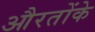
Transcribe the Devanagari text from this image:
औरतोंके